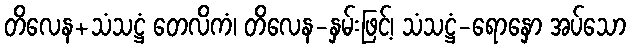
တိလေန+သံသဋ္ဌံ တေလိကံ၊ တိလေန-နှမ်းဖြင့်၊ သံသဋ္ဌံ-ရောနှော အပ်သော